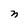
Character: n